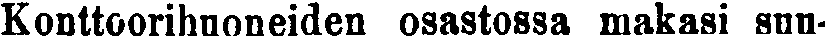
Konttoorihuoneiden osastossa makasi sun-